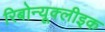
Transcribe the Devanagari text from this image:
रिबोन्यूक्लीइक